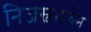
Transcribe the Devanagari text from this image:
निजस्वभावेन